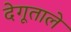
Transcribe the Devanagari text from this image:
देगूताले